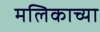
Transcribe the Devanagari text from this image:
मलिकाच्या